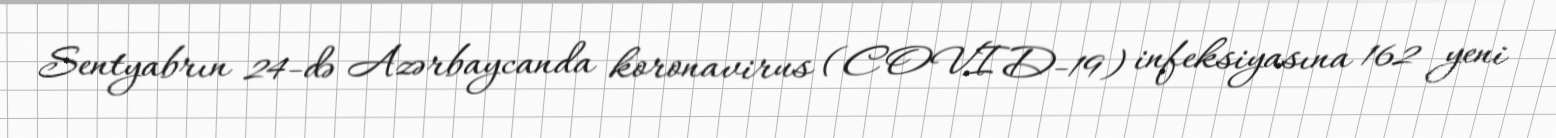
Sentyabrın 24-də Azərbaycanda koronavirus (COVID-19) infeksiyasına 162 yeni